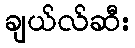
ချယ်လ်ဆီး